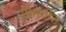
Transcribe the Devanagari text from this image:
सीमेतील